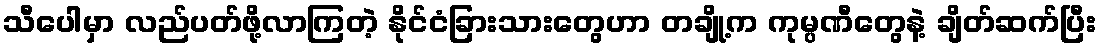
သီပေါမှာ လည်ပတ်ဖို့လာကြတဲ့ နိုင်ငံခြားသားတွေဟာ တချို့က ကုမ္ပဏီတွေနဲ့ ချိတ်ဆက်ပြီး